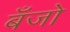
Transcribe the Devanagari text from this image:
बॅँजो